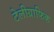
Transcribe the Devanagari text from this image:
टेलीग्राफिक